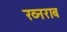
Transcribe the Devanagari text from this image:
ख्नराब